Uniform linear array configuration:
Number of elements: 24
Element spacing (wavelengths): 1
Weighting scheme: uniform
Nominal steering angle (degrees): -30
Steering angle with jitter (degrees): -28.314
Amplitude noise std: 0.05
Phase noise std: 0.05

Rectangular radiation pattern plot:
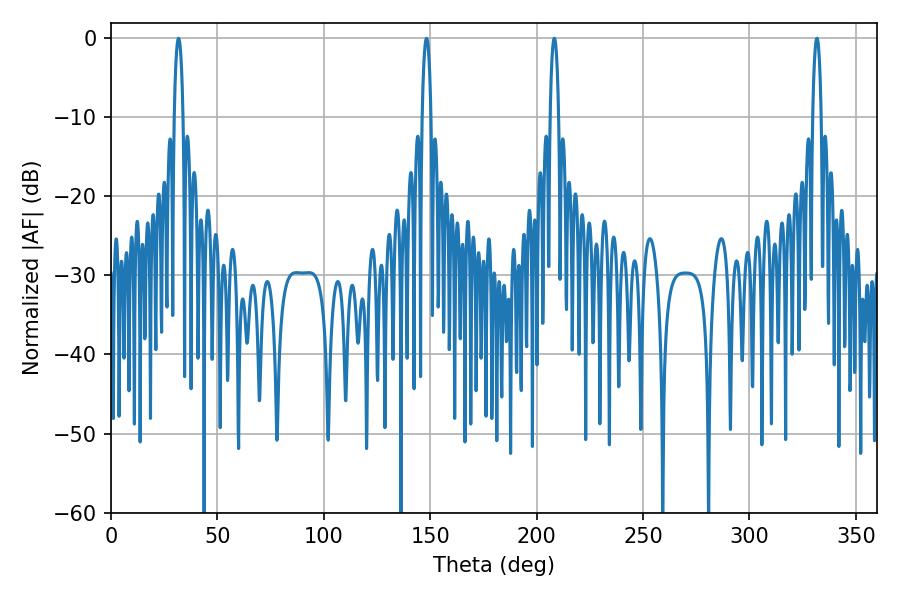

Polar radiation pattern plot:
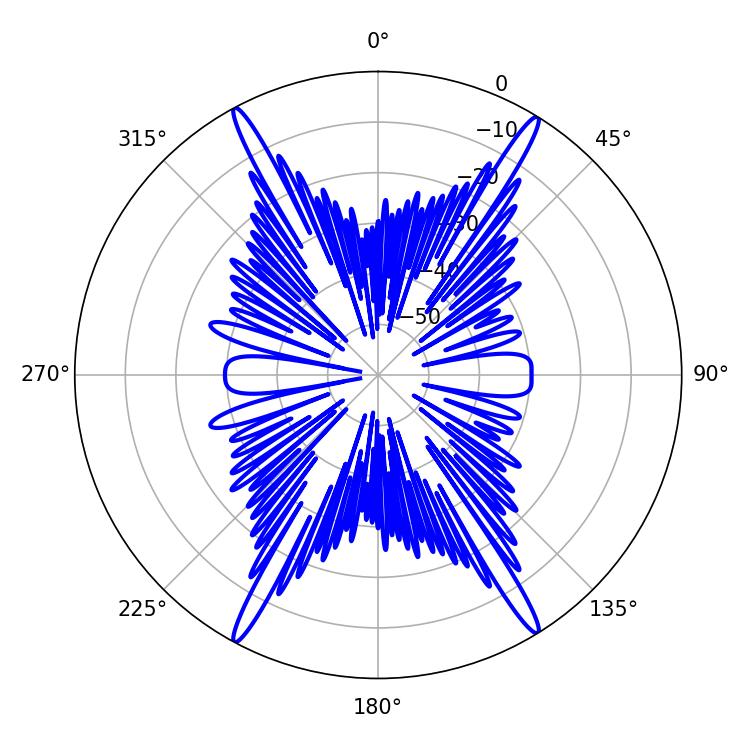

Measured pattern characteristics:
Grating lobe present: TRUE
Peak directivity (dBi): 25.304
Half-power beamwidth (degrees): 2.16
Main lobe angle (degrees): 208.26